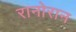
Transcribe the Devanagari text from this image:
रानोरान